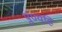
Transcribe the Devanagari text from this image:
पुण्यहि